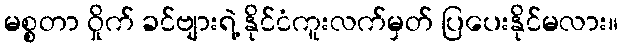
မစ္စတာ ဝှိုက် ခင်ဗျားရဲ့ နိုင်ငံကူးလက်မှတ် ပြပေးနိုင်မလား။